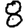
Digit: 8